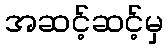
အဆင့်ဆင့်မှ